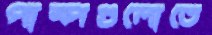
পাম্পগুলোতে